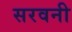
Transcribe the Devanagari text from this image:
सरवनी